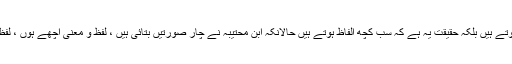
ادبی تخلیق میں سب سے اہم الفاظ ہوتے ہیں بلکہ حقیقت یہ ہے کہ سب کچھ الفاظ ہوتے ہیں حالانکہ ابن محتیبہ نے چار صورتیں بتائی ہیں ، لفظ و معنی اچھے ہوں ، لفظ اچھے ہوں ، معنی اچھے نہ ہوں ۔